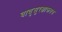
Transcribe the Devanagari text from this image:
वायुसुरक्षाकवच